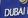
dubai